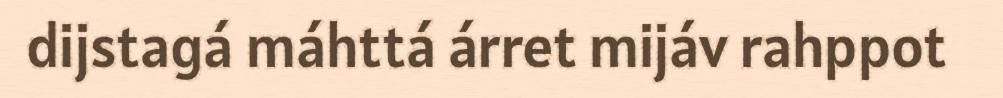
dijstagá máhttá árret mijáv rahppot